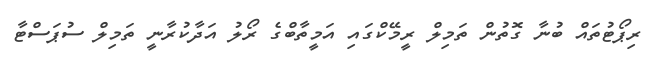
ރިޕޯޓުތައް ބުނާ ގޮތުން ތަމިލް ރީމޭކްގައި އަމީތާބްގެ ރޯލު އަދާކުރާނީ ތަމިލް ސުޕަސްޓާ